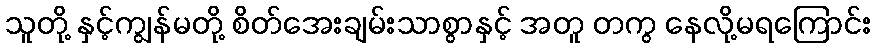
သူတို့ နှင့်ကျွန်မတို့ စိတ်အေးချမ်းသာစွာနှင့် အတူ တကွ နေလို့မရကြောင်း